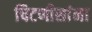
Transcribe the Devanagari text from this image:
चिटणीसांना